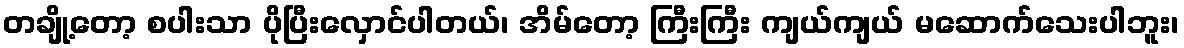
တချို့တော့ စပါးသာ ပိုပြီးလှောင်ပါတယ်၊ အိမ်တော့ ကြီးကြီး ကျယ်ကျယ် မဆောက်သေးပါဘူး၊